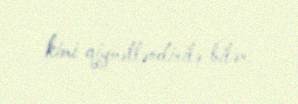
kimi qiymətləndirilə bilər.